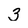
Character: 3